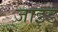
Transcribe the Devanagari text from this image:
जाइड